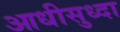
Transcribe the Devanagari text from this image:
आधीसुध्दा